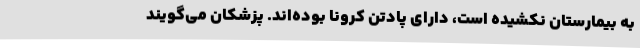
به بیمارستان نکشیده است، دارای پادتن کرونا بوده‌اند. پزشکان می‌گویند